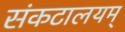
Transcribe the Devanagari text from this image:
संकटालयम्